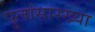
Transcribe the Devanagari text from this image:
पुलांसारख्या